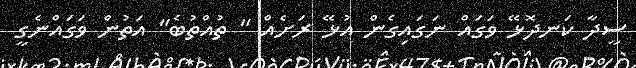
ސީދާ ކަނދޮޅޭ ވަގައް ނަގައިގެން އުޅޭ ރަށެއް " ތުއްތުބެ" އަތުން ވަގައްނެގީ